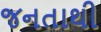
જનતાથી